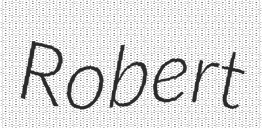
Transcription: Robert